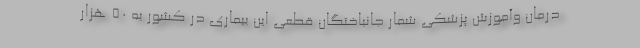
درمان وآموزش پزشکی شمار جانباختگان قطعی این بیماری در کشور به ۵۰ هزار